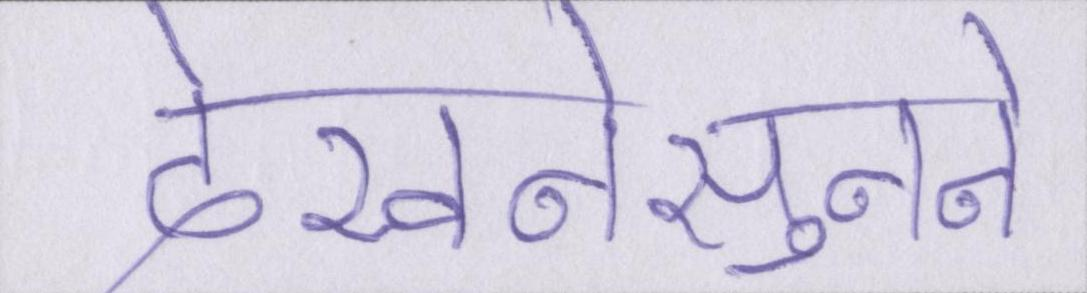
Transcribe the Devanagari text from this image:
देखनेसुनने